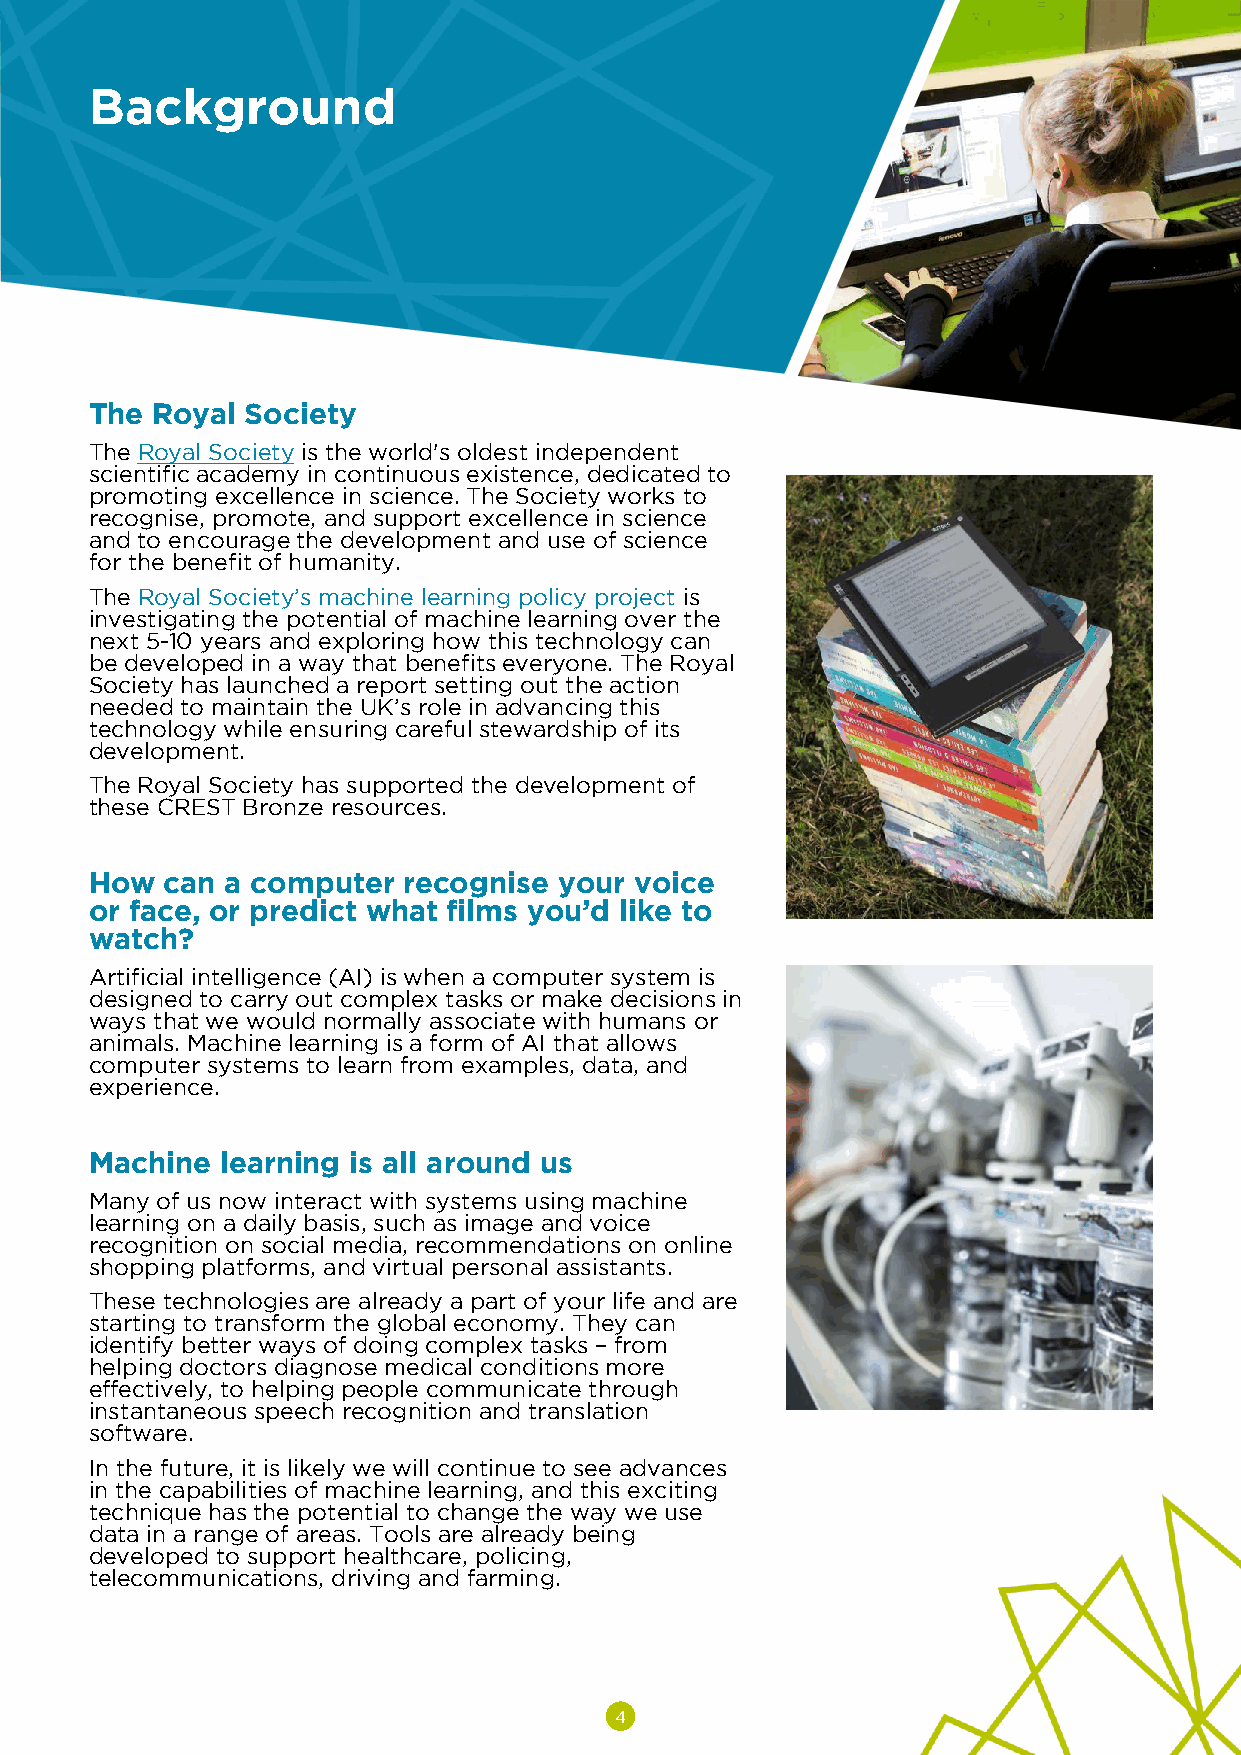
Background
 The Royal Society
 The Royal Society is the world's oldest independent
 scientific academy in continuous existence, dedicated to
 promoting excellence in science. The Society works to
 recognise, promote, and support excellence in science
 and to encourage the development and use of science
 for the benefit of humanity.
 The Royal Society’s machine learning policy project is
 investigating the potential of machine learning over the
 next 5-10 years and exploring how this technology can
 be developed in a way that benefits everyone. The Royal
 Society has launched a report setting out the action
 needed to maintain the UK’s role in advancing this
 technology while ensuring careful stewardship of its
 development.
 The Royal Society has supported the development of
 these CREST Bronze resources.
 How  can a computer  recognise your voice
 or face, or predict what films you’d like to
 watch?
 Artificial intelligence (AI) is when a computer system is
 designed to carry out complex tasks or make decisions in
 ways that we would normally associate with humans or
 animals. Machine learning is a form of AI that allows
 computer systems to learn from examples, data, and
 experience.
 Machine  learning is all around us
 Many of us now interact with systems using machine
 learning on a daily basis, such as image and voice
 recognition on social media, recommendations on online
 shopping platforms, and virtual personal assistants.
 These technologies are already a part of your life and are
 starting to transform the global economy. They can
 identify better ways of doing complex tasks – from
 helping doctors diagnose medical conditions more
 effectively, to helping people communicate through
 instantaneous speech recognition and translation
 software.
 In the future, it is likely we will continue to see advances
 in the capabilities of machine learning, and this exciting
 technique has the potential to change the way we use
 data in a range of areas. Tools are already being
 developed to support healthcare, policing,
 telecommunications, driving and farming.
 4